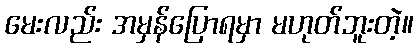
မေးလည်း အမှန်ပြောရမှာ မဟုတ်ဘူးတဲ့။